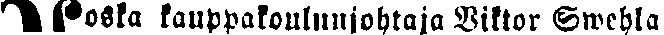
#oska kauppakoulnjohtaja Viktor Swehla,